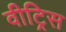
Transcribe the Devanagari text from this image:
वीट्रिस